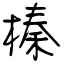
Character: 榛